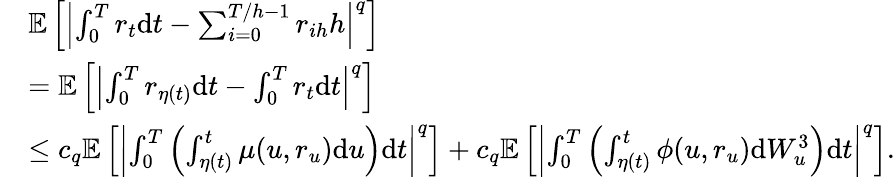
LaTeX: \begin{array}{rl}&{\mathbb{E}\left[\left|\int_{0}^{T}r_{t}\mathrm{d}t-\sum_{i=0}^{T/h-1}r_{ih}h\right|^{q}\right]}\\ &{=\mathbb{E}\left[\left|\int_{0}^{T}r_{\eta(t)}\mathrm{d}t-\int_{0}^{T}r_{t}\mathrm{d}t\right|^{q}\right]}\\ &{\leq c_{q}\mathbb{E}\left[\left|\int_{0}^{T}\left(\int_{\eta(t)}^{t}\mu(u,r_{u})\mathrm{d}u\right)\mathrm{d}t\right|^{q}\right]+c_{q}\mathbb{E}\left[\left|\int_{0}^{T}\left(\int_{\eta(t)}^{t}\phi(u,r_{u})\mathrm{d}W_{u}^{3}\right)\mathrm{d}t\right|^{q}\right].}\end{array}